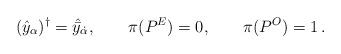
LaTeX: \begin{align*}(\hat{y}_\alpha )^\dagger =\hat{\bar{y}}_{\dot{\alpha}},\qquad \pi (P^E)=0,\qquad \pi (P^O )=1\,.\end{align*}